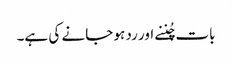
بات چُننے اور رد ہو جانے کی ہے۔